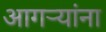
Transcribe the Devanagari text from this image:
आगर्‍यांना